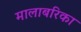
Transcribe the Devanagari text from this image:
मालाबरिका